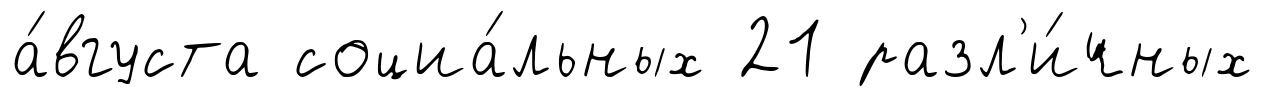
а́вгуста социа́льных 21 разл'и́чных